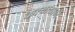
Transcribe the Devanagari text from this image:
करयासाठी